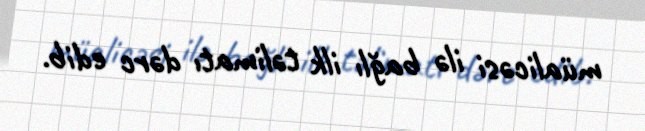
müalicəsi ilə bağlı ilk təlimatı dərc edib.